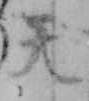
天